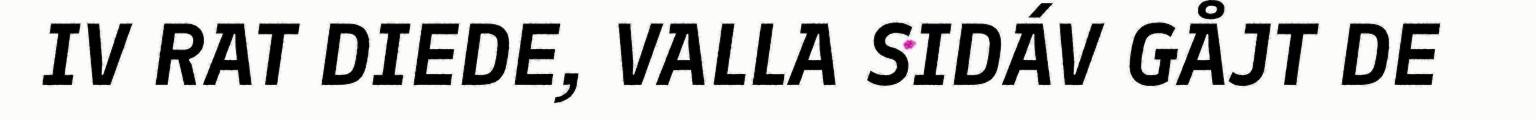
IV RAT DIEDE, VALLA SIDÁV GÅJT DE